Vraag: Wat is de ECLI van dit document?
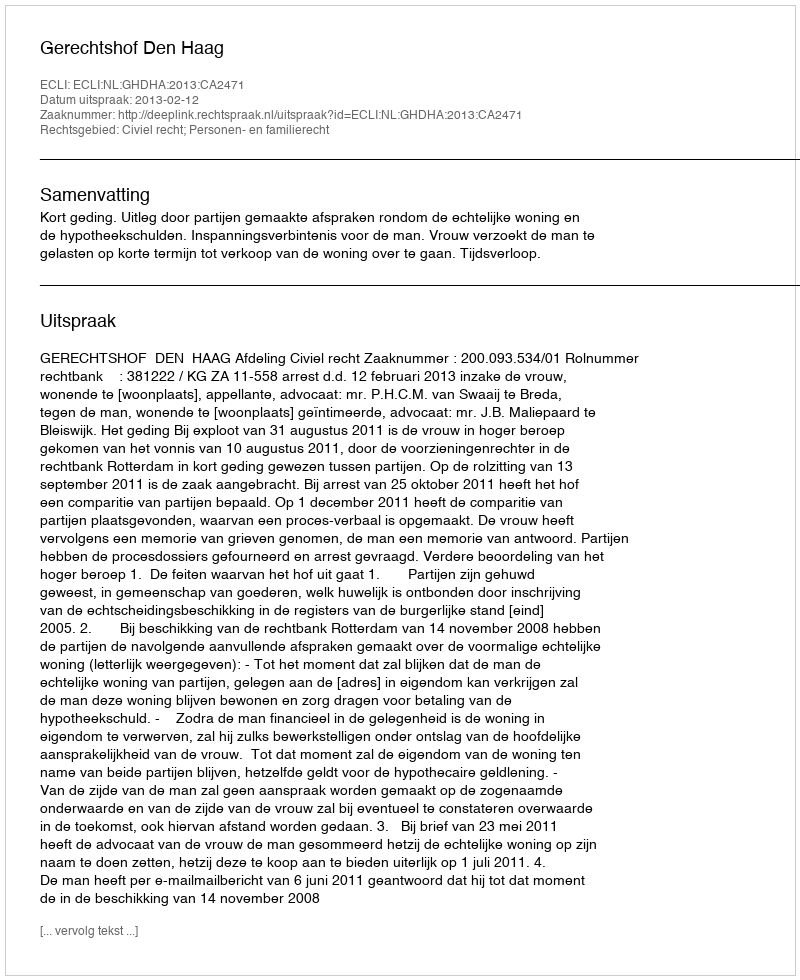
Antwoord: ECLI:NL:GHDHA:2013:CA2471